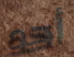
أحد